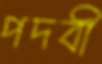
পদবী